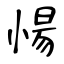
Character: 愓